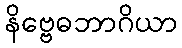
နိဗ္ဗေဓဘာဂိယာ